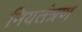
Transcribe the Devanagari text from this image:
नियतंत्रण